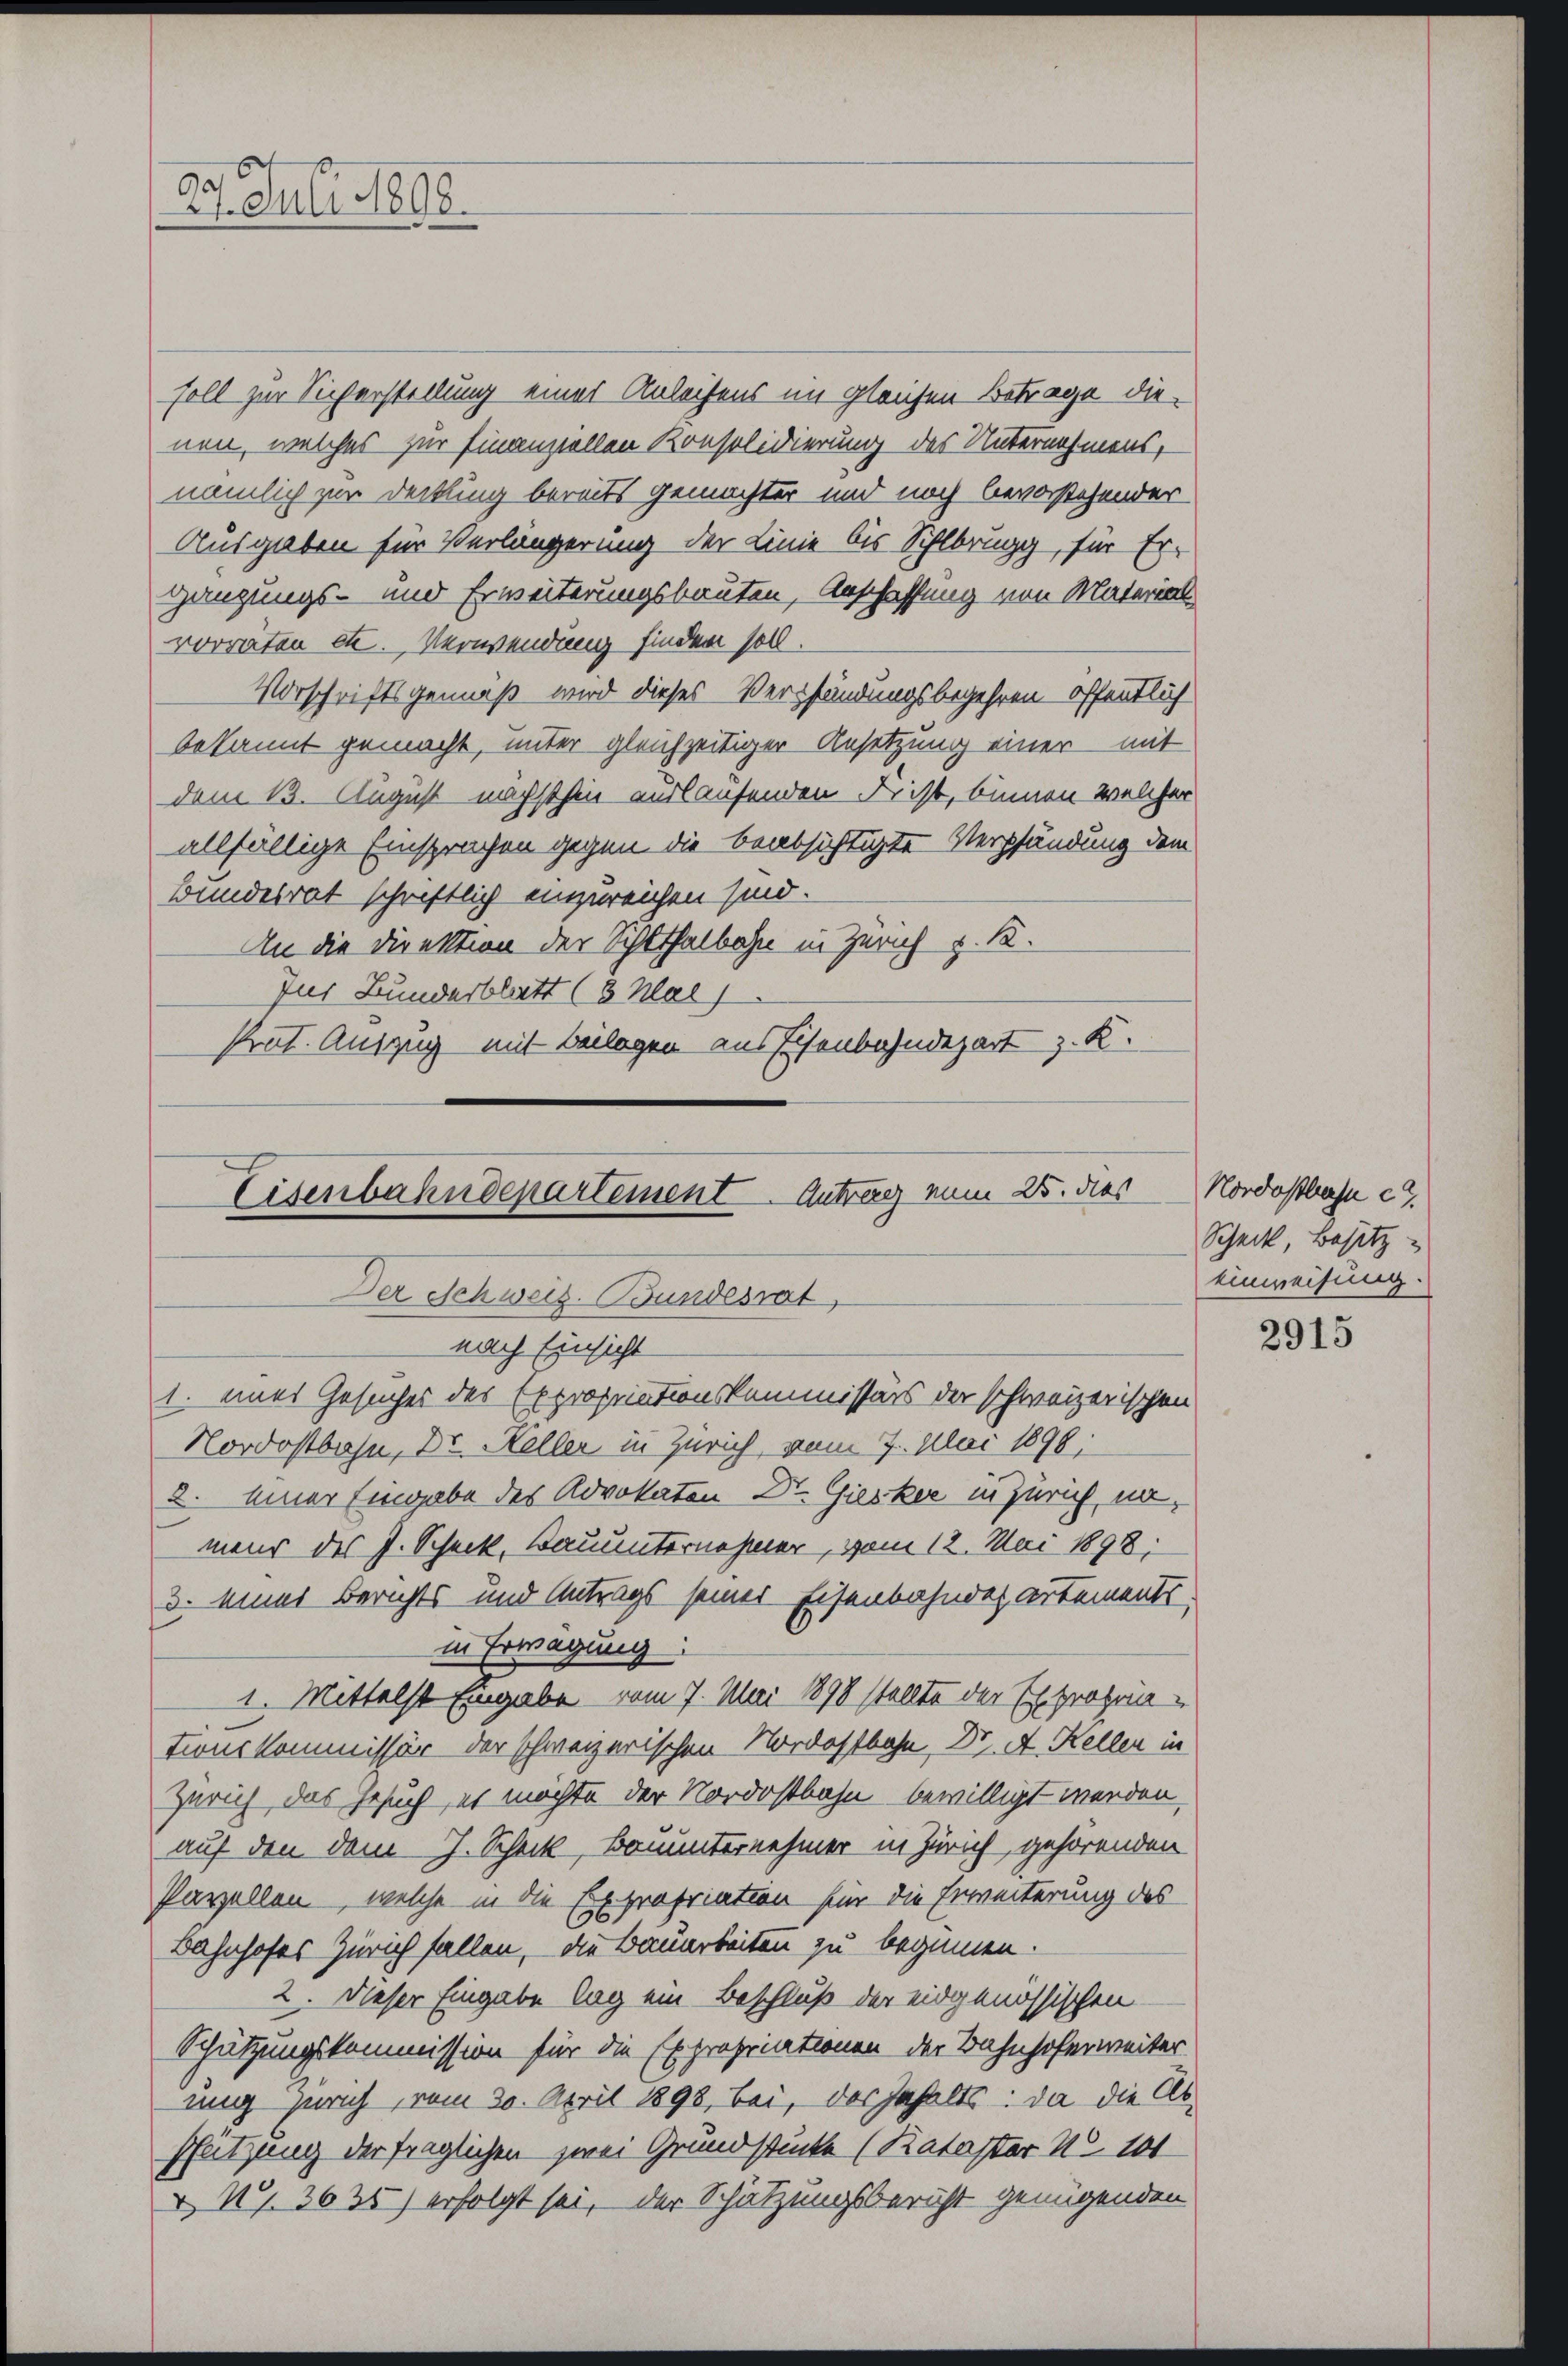
soll zur Sicherstellung eines Anleihens im gleichen Betrage dienen, welches zur Finanziellen Konsolidierung des Unternehmens,
nämlich zur Deckung bereits gemachter und noch bevorstehender
Ausgaben für Verlängerung der Linie bis Sihlbrugg, für Er-
Hänzungs- und Erweiterungsbauten, Anschaffung von Material
vorräten etc. Verwendung finden soll.
Vorschriftsgemäß wird dieses Verpfändungsbegehren öffentlich
bekannt gemacht, unter gleichzeitiger Ansetzung einer mit
dem 13. August nächsthin auslaufenden Frist, binnen welcher
allfällige Einsprachen gegen die beabsichtigte Verpfändung dem
Bundesrat schriftlich einzureichen sind.
An die Direktion der Schlthalbahn in Zürich v. K.
Jus Bunderblatt (3 Mal
Prat. Auszug mit Beilagen aus Eisenbahndepart z. K.

25. Juli 1898.

Eisenbahndepartement Antrag num 25. dies
Der Schweiz. Bundesrat
nach Einsicht
1. eines Gesuches des Expropriationskommissärs der schweizerischen

Nordostbahn, Dr. Keller in Zürich, vom 7. Mai 1890;
2. einer Eingabe des Advokaten Dr. Giesker in Zürich nömeur des J. Scheck, Bauunternehmer, vom 12. Mai 1898.
d. einer Berichts und Antrags seiner Eisenbahndepartements
in Erwägung:
1. Mittelst Eingabe vom 7. Mai 1898 stellte der Expropon
tionskommissär der schweizerischen Nordostbahn, Dr. A. Kellen in
Zürich das Gesuch, es möchte der Nordostbahn bewilligt werden,
auf den dem J. Scheck, Bauunternehmer in Zürich, gehörenden
Parzellen, welche in die Expropriation für die Erweiterung des
Bahnhofes Zürich fallen, die Bauarbeiten zu beginnen.
2. Dieser Eingabe lag ein Beschluß der eidgenössischen
Schützungskommission für die Expropriationen der Bahnhoferweiter
nng Zürich, vom 30. April 1898, bei, das Inhalts: da die Abschützung der fraglichen zwei Grundstücke (Kataster No 101
& 27. 3635) erfolgt sei, der Schätzungsbericht genügenden

Nordostbahn c.
Scheck, Besitz
einweisung.

2915